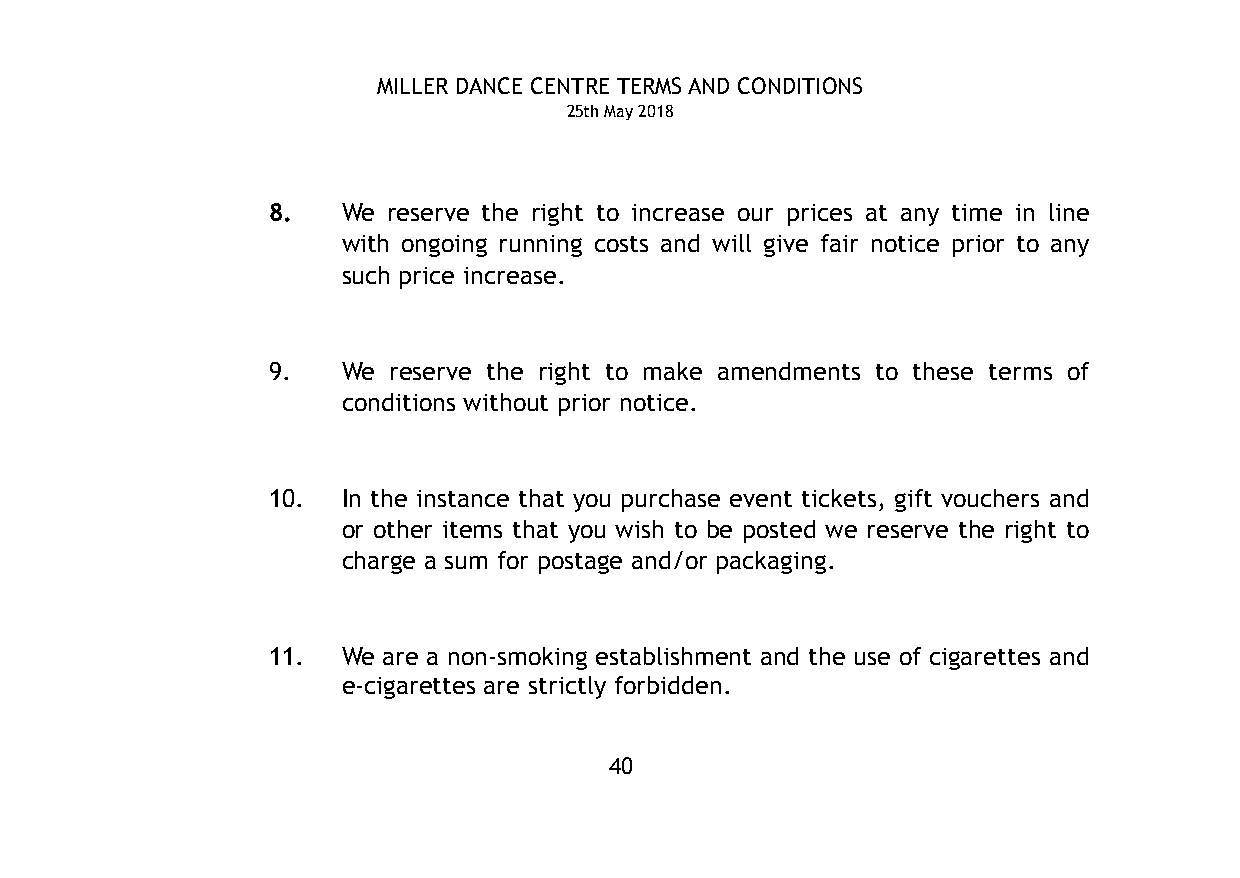
MILLER DANCE CENTRE TERMS AND CONDITIONS
 25th May 2018
 8.   We reserve the right to increase our prices at any time in line
 with ongoing running costs and will give fair notice prior to any
 such price increase.
 9.   We reserve the right to make amendments to these terms of
 conditions without prior notice.
 10.  In the instance that you purchase event tickets, gift vouchers and
 or other items that you wish to be posted we reserve the right to
 charge a sum for postage and/or packaging.
 11.  We are a non-smoking establishment and the use of cigarettes and
 e-cigarettes are strictly forbidden.
 40